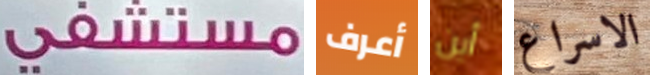
مستشفى أعرف أين الاسراع